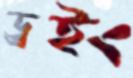
ড্রইং